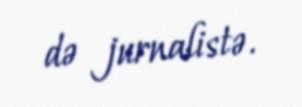
də jurnalistə.